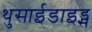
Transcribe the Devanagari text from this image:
थुसाईडाइड्स